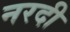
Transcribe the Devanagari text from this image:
नरदी